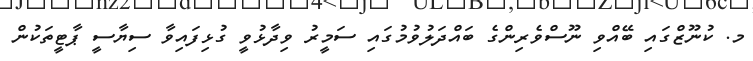
މ. ކުނޫޒްގައި ބޭއްވި ނޫސްވެރިންގެ ބައްދަލުވުމުގައި ސަމީރު ވިދާޅުވީ ގުޅިފައިވާ ސިޔާސީ ޕާޓީތަކުން